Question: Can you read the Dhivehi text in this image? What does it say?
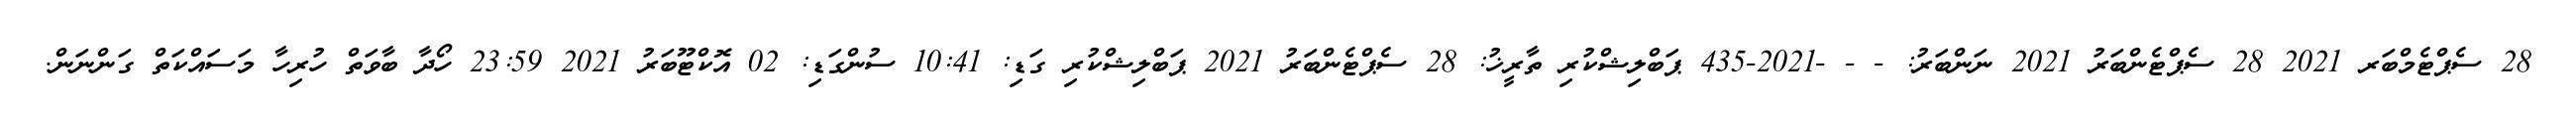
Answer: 28 ސެޕްޓެމްބަރ 2021 28 ސެޕްޓެންބަރު 2021 ނަންބަރު: - - -2021-435 ޕަބްލިޝްކުރި ތާރީޚު: 28 ސެޕްޓެންބަރު 2021 ޕަބްލިޝްކުރި ގަޑި: 10:41 ސުންގަޑި: 02 އޮކްޓޫބަރު 2021 23:59 ހޯދާ ބާވަތް ހުރިހާ މަސައްކަތް ގަންނަން.